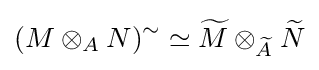
(M\otimes _{A}N)^{\sim }\simeq {\widetilde {M}}\otimes _{\widetilde {A}}{\widetilde {N}}